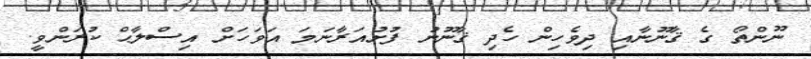
ނޫންތޯ ގެ ޤާނޫނާއި ދިވެހިން ހެދި ޤާނޫނު ފުށުއަރާނަމަ އަވަހަށް އިސްލާޙް ކުރަންވީ.